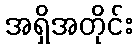
အရှိအတိုင်း